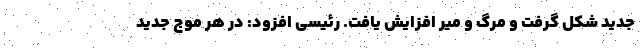
جدید شکل گرفت و مرگ و میر افزایش یافت. رئیسی افزود: در هر موج جدید